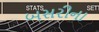
બસરીના